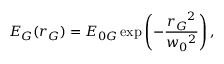
E _ { G } ( r _ { G } ) = E _ { 0 G } \exp \left( - \frac { r _ { G } { } ^ { 2 } } { w _ { 0 } { } ^ { 2 } } \right) ,